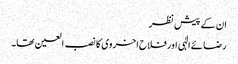
ان کے پیش نظر
رضائے الٰہی اور فلاح اخروی کا نصب العین تھا۔